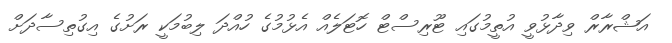
އަޝްރާރް ވިދާޅުވީ އުތީމުގައި ޓޫރިސްޓް ހޮޓަލެއް އެޅުމުގެ ހުއްދަ ލިބުމަކީ ރަށުގެ އިގުތިސާދަށް